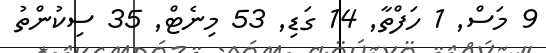
9 މަސް